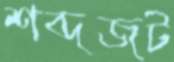
শব্দজট